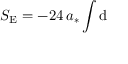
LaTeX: S _ { \mathrm { E } } = - 2 4 \, a _ { * } \int \mathrm { d }